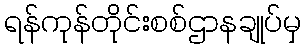
ရန်ကုန်တိုင်းစစ်ဌာနချုပ်မှ